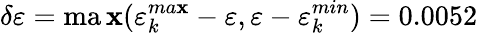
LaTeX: \delta\varepsilon=\operatorname*{ma\mathbf{x}}(\varepsilon_{k}^{ma\mathbf{x}}-\varepsilon,\varepsilon-\varepsilon_{k}^{min})=0.0052